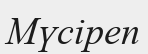
Мүсіреп